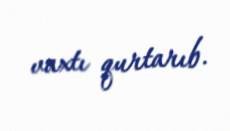
vaxtı qurtarıb.